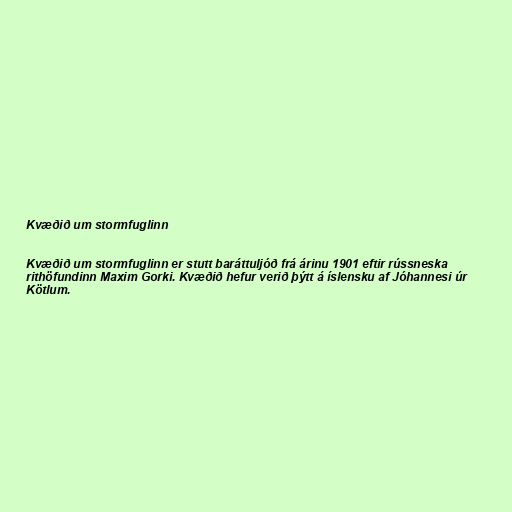
Kvæðið um stormfuglinn

Kvæðið um stormfuglinn er stutt baráttuljóð frá árinu 1901 eftir rússneska
rithöfundinn Maxim Gorki. Kvæðið hefur verið þýtt á íslensku af Jóhannesi úr
Kötlum.